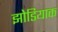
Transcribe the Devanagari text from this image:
झोडियाक